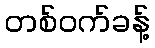
တစ်ဝက်ခန့်